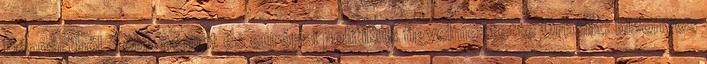
Néppártból. Több német és európai politikus figyelmeztette Orbánt: bizonyos